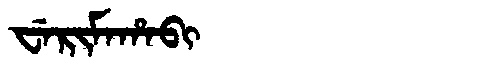
Manchu: ᠸᡝᡵᡳᠮᠠᡥᠠᠪᡳ
Romanization: WERIMAHABI